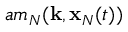
a m _ { N } ( { \bf k } , { \bf x } _ { N } ( t ) )